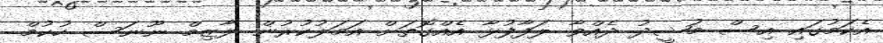
އެކަމުގައި އިސް މުޝީދު ދެއްވާ ލަފާފުޅާ އެއްގޮތަށް އަމަލުކުރުން ލާޒިމް ނޫނަސް ހުކުމް